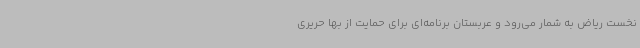
نخست ریاض به شمار می‌رود و عربستان برنامه‌ای برای حمایت از بها حریری